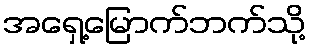
အရှေ့မြောက်ဘက်သို့